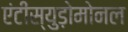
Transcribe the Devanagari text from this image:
एंटीस्युड़ोमोनल